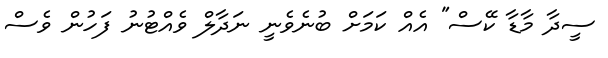
ސީދާ މާޑާ ކޭސް" އެއް ކަމަށް ބުނެވެނީ ނަދާލް ވެއްޓުނު ފަހުން ވެސް